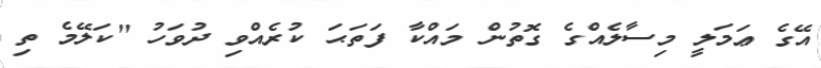
އޭގެ ޢަމަލީ މިސާލެއްގެ ގޮތުން މައްކާ ފަތަޙަ ކުރެއްވި ދުވަހު ''ކަލޭމެ ތި